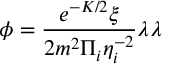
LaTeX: \phi = \frac { e ^ { - K / 2 } \xi } { 2 m ^ { 2 } \Pi _ { i } \eta _ { i } ^ { - 2 } } \lambda \lambda